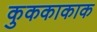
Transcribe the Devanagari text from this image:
कुककाकाक